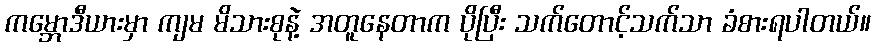
ကမ္ဘောဒီယားမှာ ကျမ မိသားစုနဲ့ အတူနေတာက ပိုပြီး သက်တောင့်သက်သာ ခံစားရပါတယ်။